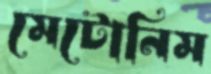
মেটোনিম